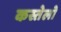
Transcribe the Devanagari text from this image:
कस्तेलो